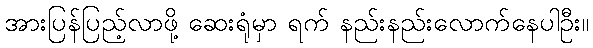
အားပြန်ပြည့်လာဖို့ ဆေးရုံမှာ ရက် နည်းနည်းလောက်နေပါဦး။